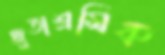
জুতাশ্রমিক